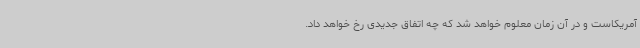
آمریکاست و در آن زمان معلوم خواهد شد که چه اتفاق جدیدی رخ خواهد داد.